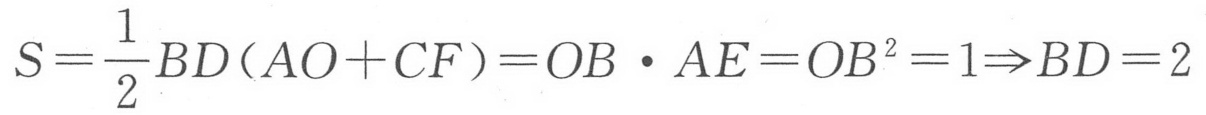
\(S=\frac{1}{2}BD(AO + CF)=OB\cdot AE=OB^{2}=1\Rightarrow BD = 2\)